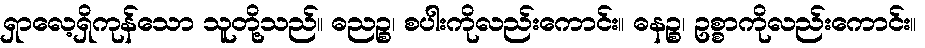
ရှာလေ့ရှိကုန်သော သူတို့သည်။ ဓညဉ္စ၊ စပါးကိုလည်းကောင်း။ ဓနဉ္စ၊ ဥစ္စာကိုလည်းကောင်း။